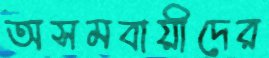
অসমবায়ীদের